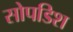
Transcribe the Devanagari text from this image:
सोपडिश